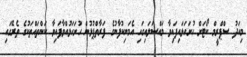
މިއަދު ސްޕްރީމް ކޯޓަށް ހުށަހަޅައިިފައިވާ މައްސަލައިގައި އެމަނިކުފާނުގެ ފަރާތްޕުޅުން ހުށަހަޅުއްވާފައިވާ ކަންތައްތަކުގެ ތެރޭގައި